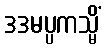
ဒဒမပ္ပကသ္မိံ